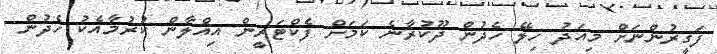
ފަގީރުންނަށް މިއަދު ހިލޭ ހެދުން ދޫކުރާނެ ކަމަށް ފެކްޓަރީން އިއްލާން ކުރުމާއެކު ހެދުން